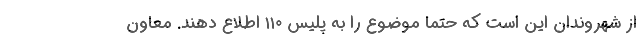
از شهروندان این است که حتما موضوع را به پلیس ۱۱۰ اطلاع دهند. معاون